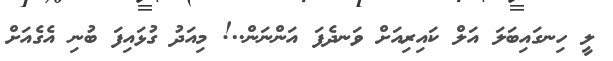
ލީ ހިނގައިބަލަ އަލް ކައިރިއަށް ވަނދެފަ އަންނަން..! މިއަދު ގުޅައިފަ ބުނި އެގެއަށް